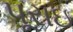
પૂરાઇ